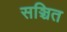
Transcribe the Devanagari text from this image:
सञ्चित